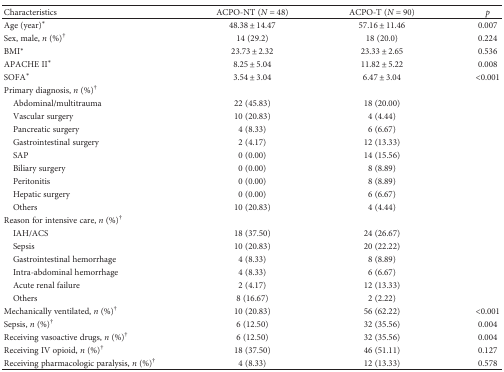
<table><thead><tr><td><b>Characteristics</b></td><td><b>ACPO-NT (<i>N</i> = 48)</b></td><td><b>ACPO-T (<i>N</i> = 90)</b></td><td><b><i>p</i></b></td></tr></thead><tbody><tr><td>Age (year)<sup>∗</sup></td><td>48.38 ± 14.47</td><td>57.16 ± 11.46</td><td>0.007</td></tr><tr><td>Sex, male, <i>n</i> (%)<sup>†</sup></td><td>14 (29.2)</td><td>18 (20.0)</td><td>0.224</td></tr><tr><td>BMI<sup>∗</sup></td><td>23.73 ± 2.32</td><td>23.33 ± 2.65</td><td>0.536</td></tr><tr><td>APACHE II<sup>∗</sup></td><td>8.25 ± 5.04</td><td>11.82 ± 5.22</td><td>0.008</td></tr><tr><td>SOFA<sup>∗</sup></td><td>3.54 ± 3.04</td><td>6.47 ± 3.04</td><td>&lt;0.001</td></tr><tr><td colspan="4">Primary diagnosis, <i>n</i> (%)<sup>†</sup></td></tr><tr><td> Abdominal/multitrauma</td><td>22 (45.83)</td><td>18 (20.00)</td><td></td></tr><tr><td> Vascular surgery</td><td>10 (20.83)</td><td>4 (4.44)</td><td></td></tr><tr><td> Pancreatic surgery</td><td>4 (8.33)</td><td>6 (6.67)</td><td></td></tr><tr><td> Gastrointestinal surgery</td><td>2 (4.17)</td><td>12 (13.33)</td><td></td></tr><tr><td> SAP</td><td>0 (0.00)</td><td>14 (15.56)</td><td></td></tr><tr><td> Biliary surgery</td><td>0 (0.00)</td><td>8 (8.89)</td><td></td></tr><tr><td> Peritonitis</td><td>0 (0.00)</td><td>8 (8.89)</td><td></td></tr><tr><td> Hepatic surgery</td><td>0 (0.00)</td><td>6 (6.67)</td><td></td></tr><tr><td> Others</td><td>10 (20.83)</td><td>4 (4.44)</td><td></td></tr><tr><td colspan="4">Reason for intensive care, <i>n</i> (%)<sup>†</sup></td></tr><tr><td> IAH/ACS</td><td>18 (37.50)</td><td>24 (26.67)</td><td></td></tr><tr><td> Sepsis</td><td>10 (20.83)</td><td>20 (22.22)</td><td></td></tr><tr><td> Gastrointestinal hemorrhage</td><td>4 (8.33)</td><td>8 (8.89)</td><td></td></tr><tr><td> Intra-abdominal hemorrhage</td><td>4 (8.33)</td><td>6 (6.67)</td><td></td></tr><tr><td> Acute renal failure</td><td>2 (4.17)</td><td>12 (13.33)</td><td></td></tr><tr><td> Others</td><td>8 (16.67)</td><td>2 (2.22)</td><td></td></tr><tr><td>Mechanically ventilated, <i>n</i> (%)<sup>†</sup></td><td>10 (20.83)</td><td>56 (62.22)</td><td>&lt;0.001</td></tr><tr><td>Sepsis, <i>n</i> (%)<sup>†</sup></td><td>6 (12.50)</td><td>32 (35.56)</td><td>0.004</td></tr><tr><td>Receiving vasoactive drugs, <i>n</i> (%)<sup>†</sup></td><td>6 (12.50)</td><td>32 (35.56)</td><td>0.004</td></tr><tr><td>Receiving IV opioid, <i>n</i> (%)<sup>†</sup></td><td>18 (37.50)</td><td>46 (51.11)</td><td>0.127</td></tr><tr><td>Receiving pharmacologic paralysis, <i>n</i> (%)<sup>†</sup></td><td>4 (8.33)</td><td>12 (13.33)</td><td>0.578</td></tr></tbody></table>